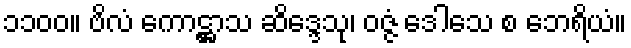
၁၁၀၀။ ဗိလံ ကောဋ္ဌာသ ဆိဒ္ဒေသု၊ ဝဇ္ဇံ ဒေါသေ စ ဘေရိယံ။